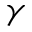
\gamma